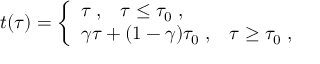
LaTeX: t ( \tau ) = \left\{ \begin{array} { l } { { \tau \; , \; \; \; \tau \leq \tau _ { 0 } \; , } } \\ { { \gamma \tau + ( 1 - \gamma ) \tau _ { 0 } \; , \; \; \; \tau \geq \tau _ { 0 } \; , } } \end{array} \right.